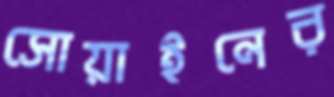
সোয়াইনের